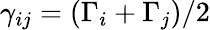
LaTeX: \gamma_{ij}=(\Gamma_{i}+\Gamma_{j})/2